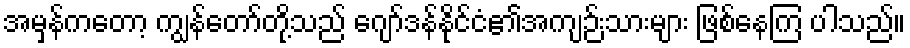
အမှန်ကတော့ ကျွန်တော်တို့သည် ဂျော်ဒန်နိုင်ငံ၏အကျဉ်းသားများ ဖြစ်နေကြ ပါသည်။